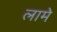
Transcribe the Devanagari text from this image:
लामे